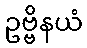
ဥဗ္ဗိနယံ